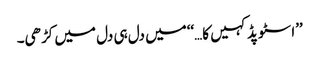
’’اسٹوپڈ کہیں کا…‘‘میں دل ہی دل میں کڑھی۔